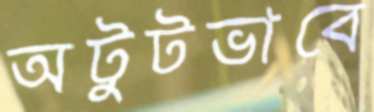
অটুটভাবে